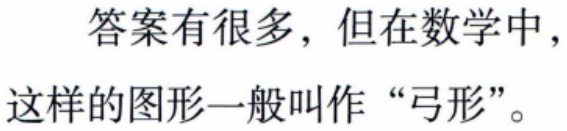
答案有很多，但在数学中，这样的图形一般叫作“弓形”。